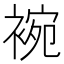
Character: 䘼